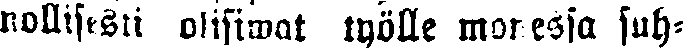
nollisesti olisiwat työlle monessa suh-